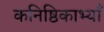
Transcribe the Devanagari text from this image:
कनिष्ठिकाभ्याँ